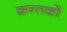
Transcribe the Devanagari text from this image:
क्रन्तकों